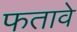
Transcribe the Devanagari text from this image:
फतावे